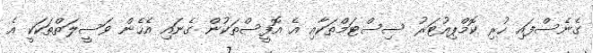
ގެނެސްފައި ހުރި ކޮމްޕިއުޓަރު ސިސްޓަމްތަކާއި އެ އޮފީސްތަކުން ގެނައި އެހެން ވަސީލަތްތަކަކީ އެ